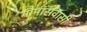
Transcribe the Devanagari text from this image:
गौमांसवासी